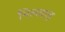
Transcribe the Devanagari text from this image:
भिलवाड़